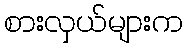
စားလှယ်များက